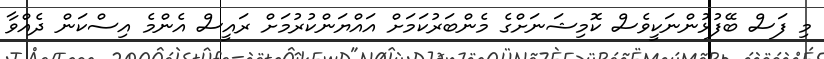
މި ފަސް ބޭފުޅުންނަކީވެސް ކޮމިޝަނަށްގެ މެންބަރުކަމަށް އައްޔަންކުރުމަށް ރައީސް އެންމެ އިސްކަން ދެއްވާ